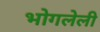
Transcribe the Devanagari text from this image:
भोगलेली